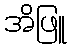
အိဖြူ